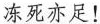
冻死亦足！